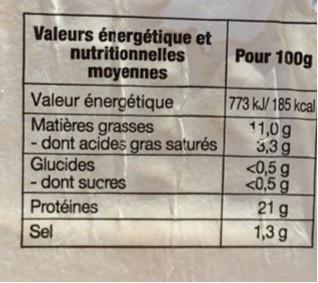
Valeurs énergétique et nutritionnelles moyennes
Pour 100g
Valeur énergétique Matières grasses - dont acides gras saturés Glucides - dont sucres
773 kJ/ 185 kcal 11,0g 3,3 g <0,5 g <0,5 g 21 g 1,3 g
Protéines
Sel